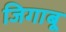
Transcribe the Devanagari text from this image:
जिगाबू